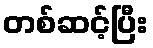
တစ်ဆင့်ပြီး